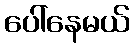
ပေါ်နေမယ်